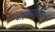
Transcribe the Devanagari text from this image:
चाहत्यांतर्फे